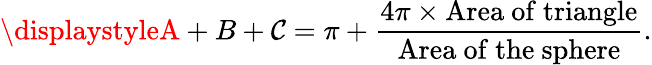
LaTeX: \displaystyleA+B+\mathcal{C}=\pi+{\frac{{4\pi\times{\mathrm{{Area~of~triangle}}}}}{{\mathrm{{Area~of~the~sphere}}}}}.